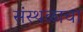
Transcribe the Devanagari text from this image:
संस्थळाचा